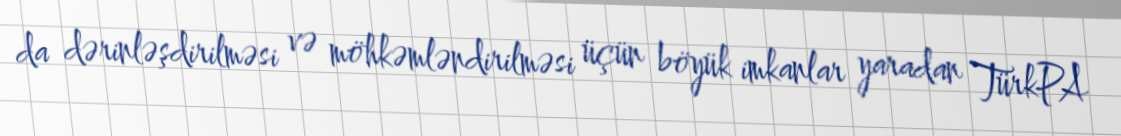
da dərinləşdirilməsi və möhkəmləndirilməsi üçün böyük imkanlar yaradan TürkPA